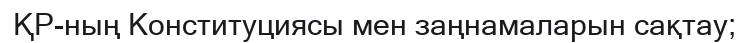
ҚР-ның Конституциясы мен заңнамаларын сақтау;